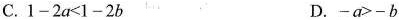
C.$$1-2a<1-2b$$ D.$$-a>-b$$